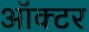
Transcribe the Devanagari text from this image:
ऑक्टर